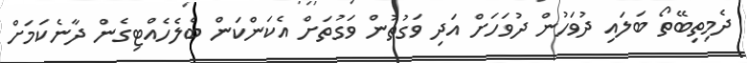
ދެމިތިބޭތޯ ބަލައި ދުވަހުން ދުވަހަށް އަދި ވަގުތުން ވަގުތަށް އެކަންކަން ބެލެހެއްޓިގެން ދާނެކަމަށް